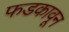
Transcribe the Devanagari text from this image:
फडकावून